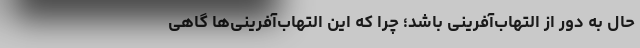
حال به دور از التهاب‌آفرینی باشد؛ چرا که این التهاب‌آفرینی‌ها گاهی